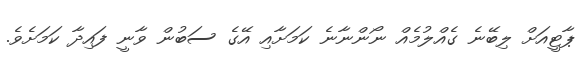
ޕާޓީއަށް ލިބޭނެ ގެއްލުމެއް ނޯންނާނެ ކަމަށާއި އޭގެ ސަބުން ވާނީ ފައިދާ ކަމަށެވެ.